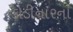
કોડીનારના